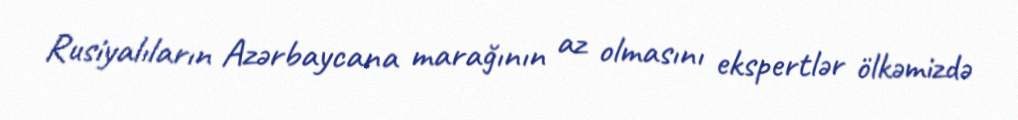
Rusiyalıların Azərbaycana marağının az olmasını ekspertlər ölkəmizdə